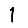
Digit: 1